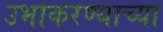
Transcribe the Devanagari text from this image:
उभाकरण्याच्या